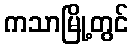
ကသာမြို့တွင်